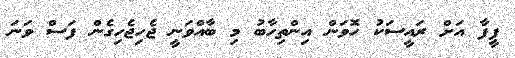
ފީފާ އަށް ރައީސަކު ހޮވަން އިންތިހާބު މި ބާއްވަނީ ޖެހިޖެހިގެން ފަސް ވަނަ